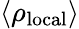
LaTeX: \langle\rho_{\mathrm{local}}\rangle